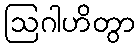
ဩဂါဟိတွာ